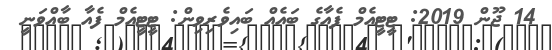
14 ޖޫން 2019: ޓީޓީއެމް ފެއާގެ ބައެއް ބައިވެރިވިން: ޓީޓީއެމް ފެއާ ބާއްވަނީ